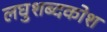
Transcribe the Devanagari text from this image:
लघुशब्दकोश